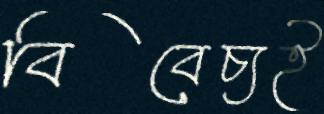
বিবেচ্যই